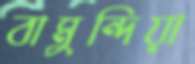
বামুন্দিয়া